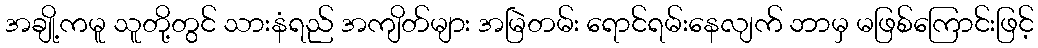
အချို့ကမူ သူတို့တွင် သားနံရည် အကျိတ်များ အမြဲတမ်း ရောင်ရမ်းနေလျက် ဘာမှ မဖြစ်ကြောင်းဖြင့်